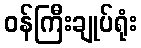
ဝန်ကြီးချုပ်ရုံး